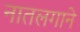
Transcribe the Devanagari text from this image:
नातलगाने